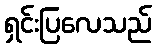
ရှင်းပြလေသည်